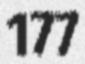
177